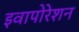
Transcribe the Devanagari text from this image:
इवापोरेशन